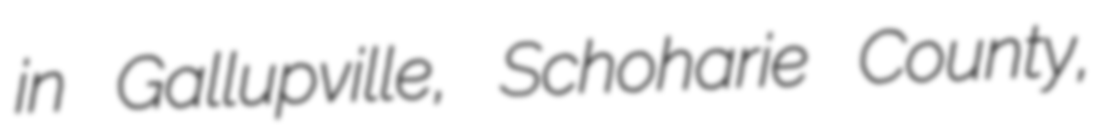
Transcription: in Gallupville, Schoharie County,